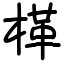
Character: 㮖